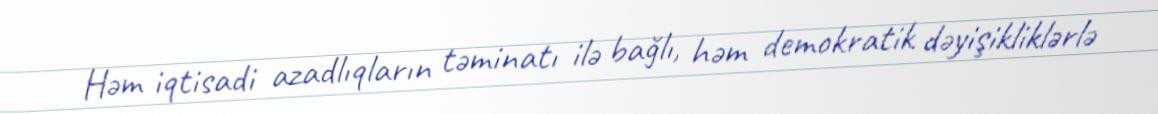
Həm iqtisadi azadlıqların təminatı ilə bağlı, həm demokratik dəyişikliklərlə